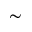
\sim